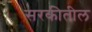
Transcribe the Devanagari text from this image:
सरकीतील